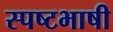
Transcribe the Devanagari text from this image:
स्पष्टभाषी